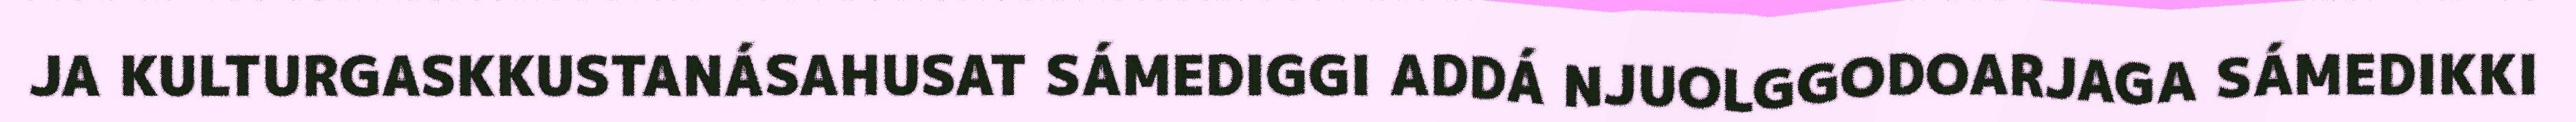
JA KULTURGASKKUSTANÁSAHUSAT SÁMEDIGGI ADDÁ NJUOLGGODOARJAGA SÁMEDIKKI